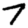
Digit: 7